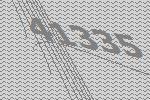
41335